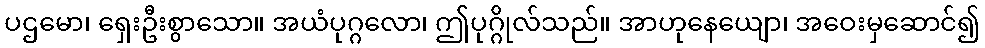
ပဌမော၊ ရှေးဦးစွာသော။ အယံပုဂ္ဂလော၊ ဤပုဂ္ဂိုလ်သည်။ အာဟုနေယျော၊ အဝေးမှဆောင်၍